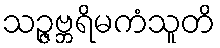
သဉ္ဇဗ္ဘရိမကံသူတိ